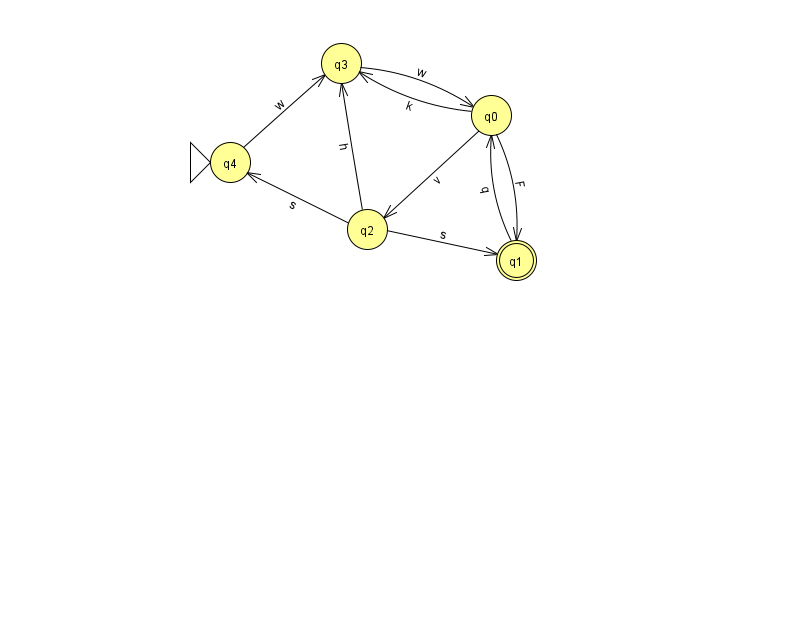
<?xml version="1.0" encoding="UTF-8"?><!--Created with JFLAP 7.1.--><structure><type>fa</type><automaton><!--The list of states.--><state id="0" name="q0"><x>491.0</x><y>102.0</y></state><state id="1" name="q1"><x>516.0</x><y>247.0</y><final/></state><state id="2" name="q2"><x>367.0</x><y>216.0</y></state><state id="3" name="q3"><x>341.0</x><y>50.0</y></state><state id="4" name="q4"><x>230.0</x><y>149.0</y><initial/></state><!--The list of transitions.--><transition><from>0</from><to>2</to><read>v</read></transition><transition><from>3</from><to>0</to><read>w</read></transition><transition><from>2</from><to>1</to><read>s</read></transition><transition><from>2</from><to>3</to><read>h</read></transition><transition><from>4</from><to>3</to><read>w</read></transition><transition><from>0</from><to>1</to><read>F</read></transition><transition><from>0</from><to>3</to><read>k</read></transition><transition><from>2</from><to>4</to><read>s</read></transition><transition><from>1</from><to>0</to><read>q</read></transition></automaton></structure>